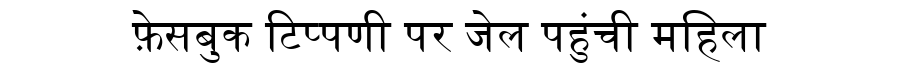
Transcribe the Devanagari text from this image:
फ़ेसबुक टिप्पणी पर जेल पहुंची महिला